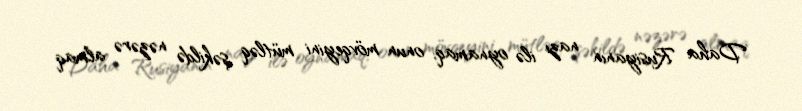
Daha Rusiyanın nazı ilə oynamaq, onun mövqeyini mütləq şəkildə nəzərə almaq